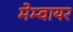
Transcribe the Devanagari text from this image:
मेम्वायर